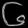
Digit: ၆